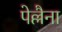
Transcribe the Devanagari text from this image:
पेल्लैना